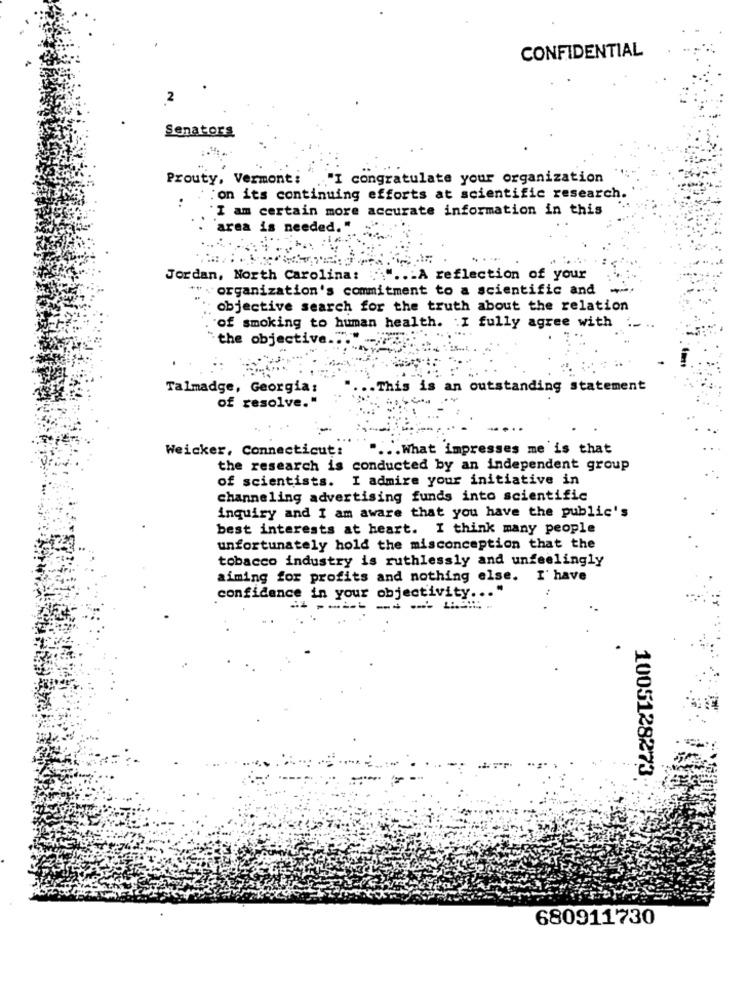
CONFIDENTIAL
2
Senators
Prouty, Vermont:
I congratulate your organization
:on its continuing efforts at scientific research.
I am certain more accurate information in this
"area is needed."
Jordan, North Carolina:
.- A reflection of your
"organization's commitment to a scientific and
...
objective search for the truth about the relation
of smoking to human health. : I fully agree with
:the objective.
Talmadge, Georgia:
This is an outstanding statement
of resolve."
Weicker, Connecticut:
" ... What impresses me is that
the research is conducted by an independent group
of scientists. I admire your initiative in
channeling advertising funds into scientific
inquiry and I am aware that you have the public's
best interests at heart. I think many people
unfortunately hold the misconception that the
tobacco industry is ruthlessly and unfeelingly
aiming for profits and nothing else. I' have
confidence in your objectivity ... "
------==-
1005128273
680911730